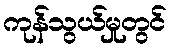
ကုန်သွယ်မှုတွင်